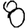
Digit: 8